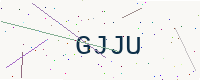
Text: GJJU